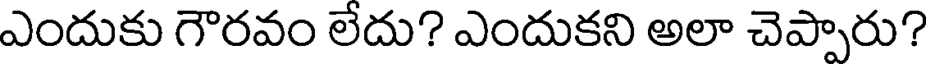
ఎందుకు గౌరవం లేదు? ఎందుకని అలా చెప్పారు?